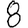
Digit: 8